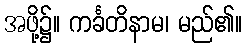
အဖို့၌။ ကင်္ခတိနာမ၊ မည်၏။